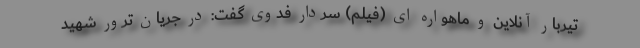
تیربار آنلاین و ماهواره ای (فیلم) سردار فدوی گفت: در جریان ترور شهید